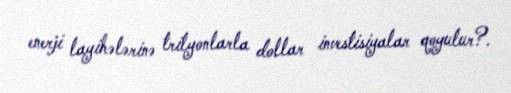
enerji layihələrinə trilyonlarla dollar investisiyalar qoyulur?.